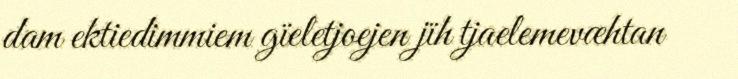
dam ektiedimmiem gïeletjoejen jïh tjaelemevæhtan